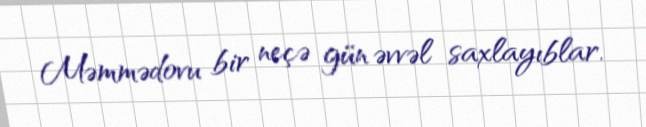
Məmmədovu bir neçə gün əvvəl saxlayıblar.